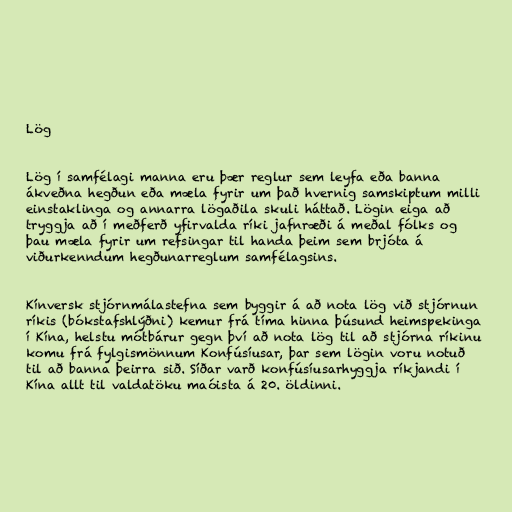
Lög

Lög í samfélagi manna eru þær reglur sem leyfa eða banna
ákveðna hegðun eða mæla fyrir um það hvernig samskiptum milli
einstaklinga og annarra lögaðila skuli háttað. Lögin eiga að
tryggja að í meðferð yfirvalda ríki jafnræði á meðal fólks og
þau mæla fyrir um refsingar til handa þeim sem brjóta á
viðurkenndum hegðunarreglum samfélagsins.

Kínversk stjórnmálastefna sem byggir á að nota lög við stjórnun
ríkis (bókstafshlýðni) kemur frá tíma hinna þúsund heimspekinga
í Kína, helstu mótbárur gegn því að nota lög til að stjórna ríkinu
komu frá fylgismönnum Konfúsíusar, þar sem lögin voru notuð
til að banna þeirra sið. Síðar varð konfúsíusarhyggja ríkjandi í
Kína allt til valdatöku maóista á 20. öldinni.